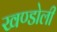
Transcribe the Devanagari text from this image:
खण्डोली